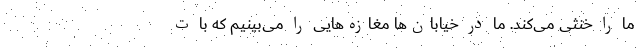
ما را خنثی می‌کند. ما در خیابان‌ها مغازه‌هایی را می‌بینیم که با ت